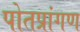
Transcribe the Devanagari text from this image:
पोतप्रांगण